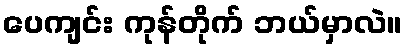
ပေကျင်း ကုန်တိုက် ဘယ်မှာလဲ။